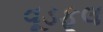
વૂડફૂલ